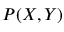
P ( X , Y )